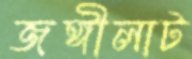
জঙ্গীলাট